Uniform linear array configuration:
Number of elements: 64
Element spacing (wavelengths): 0.25
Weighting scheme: hann
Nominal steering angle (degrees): -60
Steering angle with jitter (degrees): -58.628
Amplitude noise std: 0.05
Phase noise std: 0.05

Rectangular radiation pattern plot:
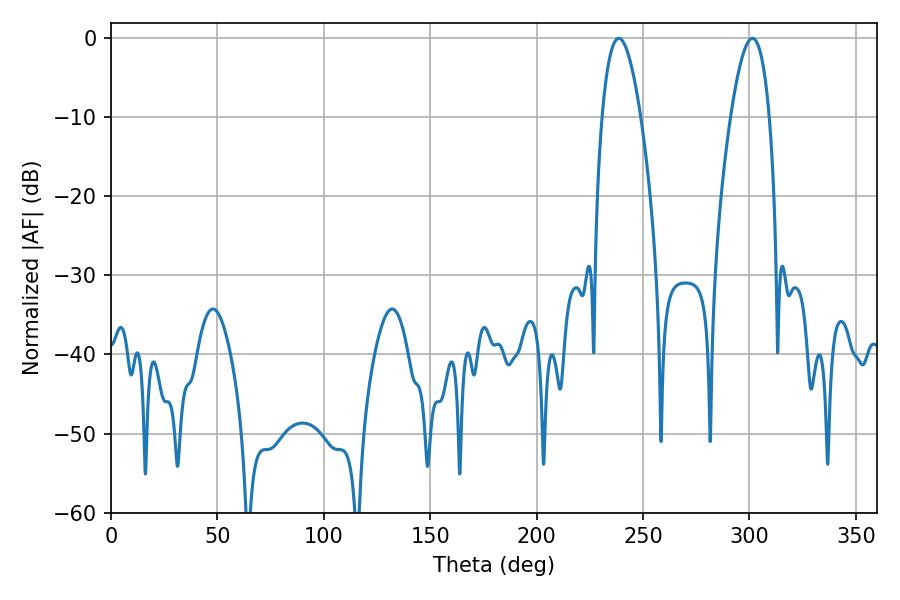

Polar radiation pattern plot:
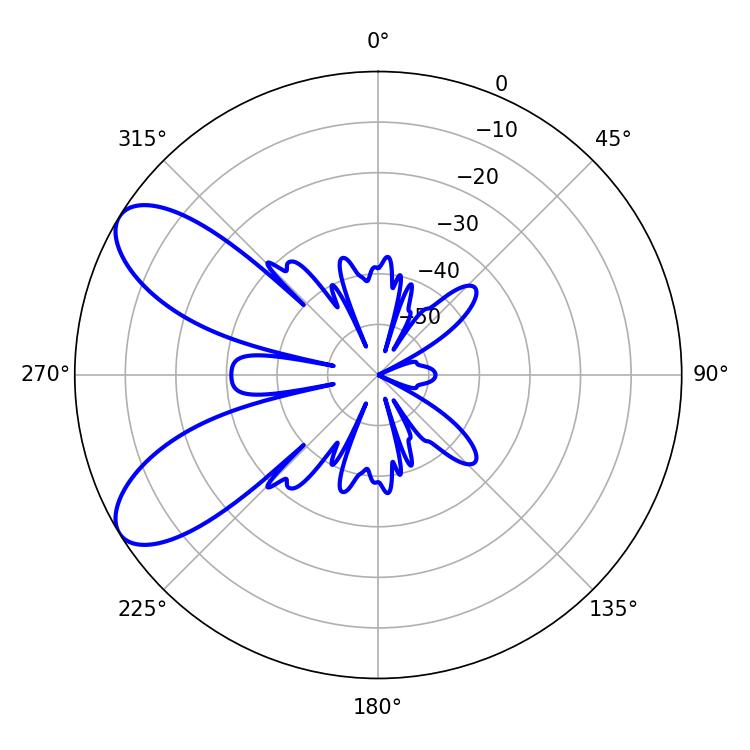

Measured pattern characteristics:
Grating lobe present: FALSE
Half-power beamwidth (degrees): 9.9
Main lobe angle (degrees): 238.68